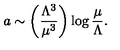
a \sim \left( { \frac { \Lambda ^ { 3 } } { \mu ^ { 3 } } } \right) \log { \frac { \mu } { \Lambda } } .